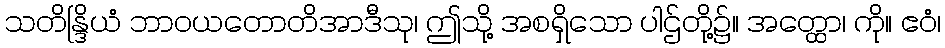
သတိန္ဒြိယံ ဘာဝယတောတိအာဒီသု၊ ဤသို့ အစရှိသော ပါဌ်တို့၌။ အတ္ထော၊ ကို။ ဧဝံ၊